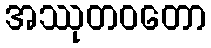
အဿုတဝတော